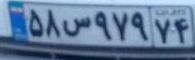
۵۸س۹۷۹۷۴